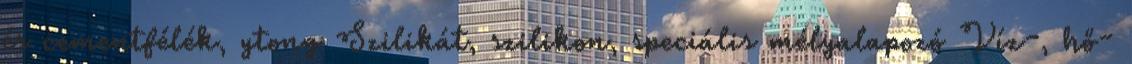
és cementfélék, ytong Szilikát, szilikon, speciális mélyalapozó Víz-, hő-